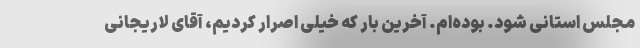
مجلس استانی شود. بوده‌ام. آخرین بار که خیلی اصرار کردیم، آقای لاریجانی